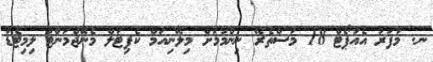
ނ. މާފަރު އެއާޕޯޓް 18 މަސްތެރޭ ނިންމުމަށް މިލޭނިއަމް ކެޕިޓަލް މެނޭޖްމަންޓް ލިމިޓެޑާ